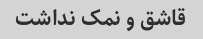
قاشق و نمک نداشت